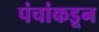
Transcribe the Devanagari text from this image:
पंचांकडून